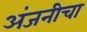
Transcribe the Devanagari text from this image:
अंजनीचा